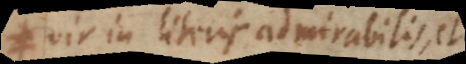
vir in literis admirabilis, et